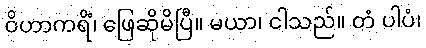
ဝိဟာကရိံ၊ ဖြေဆိုမိပြီ။ မယာ၊ ငါသည်။ တံ ပါပံ၊